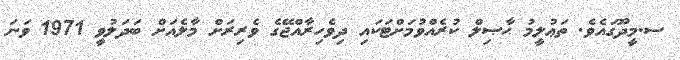
ސ.މީދޫގައެވެ. ތަޢުލީމު ޙާޞިލް ކުރެއްވުމަށްޓަކައި ދިވެހިރާއްޖޭގެ ވެރިރަށް މާލެއަށް ބަދަލުވީ 1971 ވަނަ